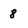
Character: 8